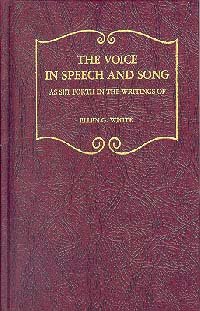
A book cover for The Voice in Speech and Song (Christian Home Library); Ellen G. White; Christian Books & Bibles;